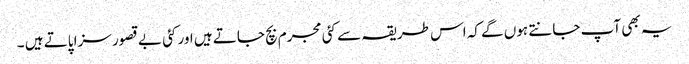
یہ بھی آپ جانتے ہوں گے کہ اس طریقہ سے کئی مجرم بچ جاتے ہیں اور کئی بے قصور سزا پاتے ہیں ۔